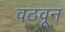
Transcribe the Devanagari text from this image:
वठवून